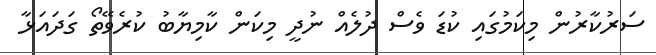
ސަރުކާރުން މިކަމުގައި ކުޑަ ވެސް ދުލެއް ނުދީ މިކަން ކާމިޔާބު ކުރެވޭތޯ ގަދައަޅާ